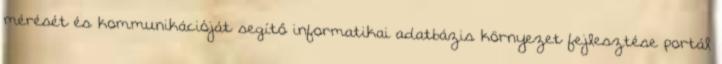
mérését és kommunikációját segítő informatikai adatbázis környezet fejlesztése portál